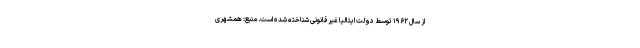
از سال ۱۹۶۲ توسط دولت ایتالیا غیرقانونی شناخته شده است. منبع: همشهری